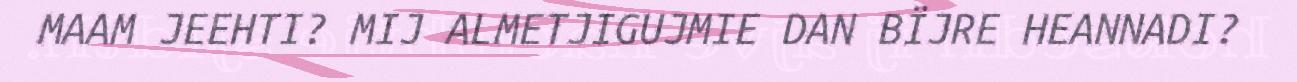
MAAM JEEHTI? MIJ ALMETJIGUJMIE DAN BÏJRE HEANNADI?